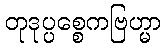
တုဒုပ္ပစ္စေကဗြဟ္မာ